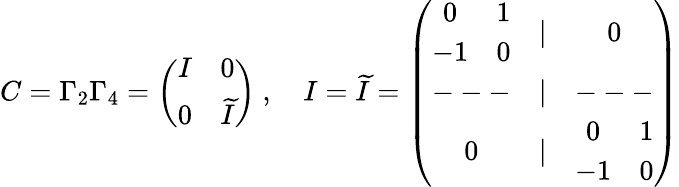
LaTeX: C=\Gamma_{2}\Gamma_{4}=\left(\begin{array}{cc}{{I}}&{{0}}\\ {{0}}&{{\widetilde{I}}}\end{array}\right)\ ,\quad I=\widetilde{I}=\left(\begin{array}{ccc}{{\begin{array}{cc}{{0}}&{{1}}\\ {{-1}}&{{0}}\end{array}}}&{{|}}&{{0}}\\ {{---}}&{{|}}&{{---}}\\ {{0}}&{{|}}&{{\begin{array}{cc}{{0}}&{{1}}\\ {{-1}}&{{0}}\end{array}}}\end{array}\right)